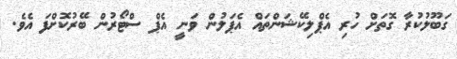
ގަބޫލުކުރާ ގޮތަށް ހުރި އެޕްލިކޭޝަންތައް އެޕަލުން ވަނީ އެޕް ސްޓޯރުން ބޭރުކޮށްފަ އެވެ.